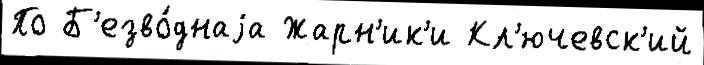
По Б'езво́днаjа Жарн'ик'и Кл'ючевск'ий